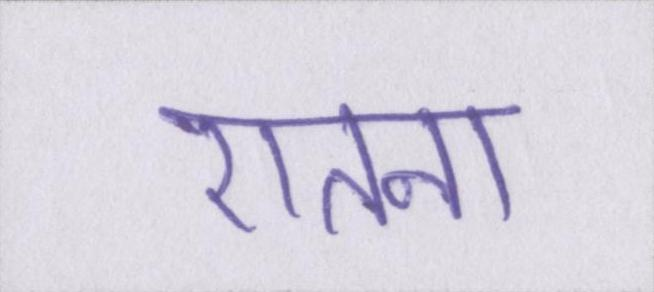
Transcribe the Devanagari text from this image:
एतना